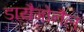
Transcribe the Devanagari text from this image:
डायैगोनैल